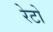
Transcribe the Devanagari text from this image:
रेटो